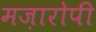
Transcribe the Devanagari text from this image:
मज़ारोपी